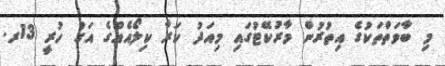
މި ބާވަތްތަކުގެ އިތުރުން މާރުކޭޓުގައި މިއަދު ކަރާ ކިލޯއެއްގެ އަގު ހުރީ 13ރ.